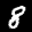
Label: 8